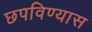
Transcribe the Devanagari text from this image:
छपविण्यास